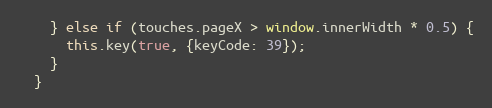
Language: JavaScript
    } else if (touches.pageX > window.innerWidth * 0.5) {
      this.key(true, {keyCode: 39});
    }
  }